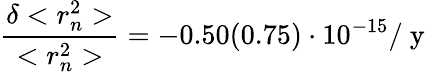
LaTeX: \frac{\delta<r_{n}^{2}>}{<r_{n}^{2}>}=-0.50(0.75)\cdot 10^{-15}/\mathrm{~y~}